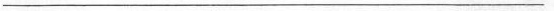
___